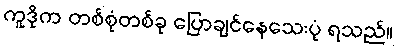
ကူဒိုက တစ်စုံတစ်ခု ပြောချင်နေသေးပုံ ရသည်။